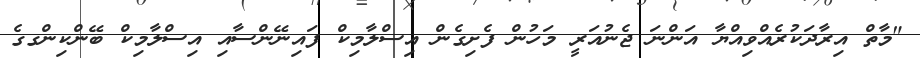
"މާތް އިރާދަކުރެއްވިއްޔާ އަންނަ ޖެނުއަރީ މަހުން ފެށިގެން އިސްލާމިކް ފައިނޭންސާއި އިސްލާމިކް ބޭންކިންގގެ